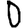
Digit: 0